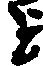
を